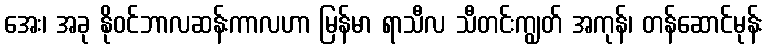
အေး၊ အခု နိုဝင်ဘာလဆန်းကာလဟာ မြန်မာ ရာသီလ သီတင်းကျွတ် အကုန်၊ တန်ဆောင်မုန်း